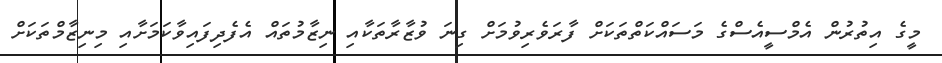
މީގެ އިތުރުން އެމްސީއެސްގެ މަސައްކަތްތަކަށް ފާރަވެރިވުމަށް ގިނަ ވުޒާރާތަކާއި ނިޒާމުތައް އެފެދިފައިވާކަމަށާއި މިނިޒާމްތަކަށް